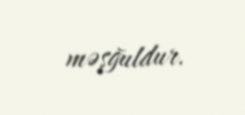
məşğuldur.